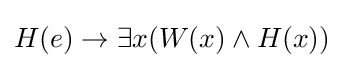
H(e)\to \exists x(W(x)\land H(x))